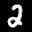
Label: 2